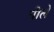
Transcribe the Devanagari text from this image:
पीलें